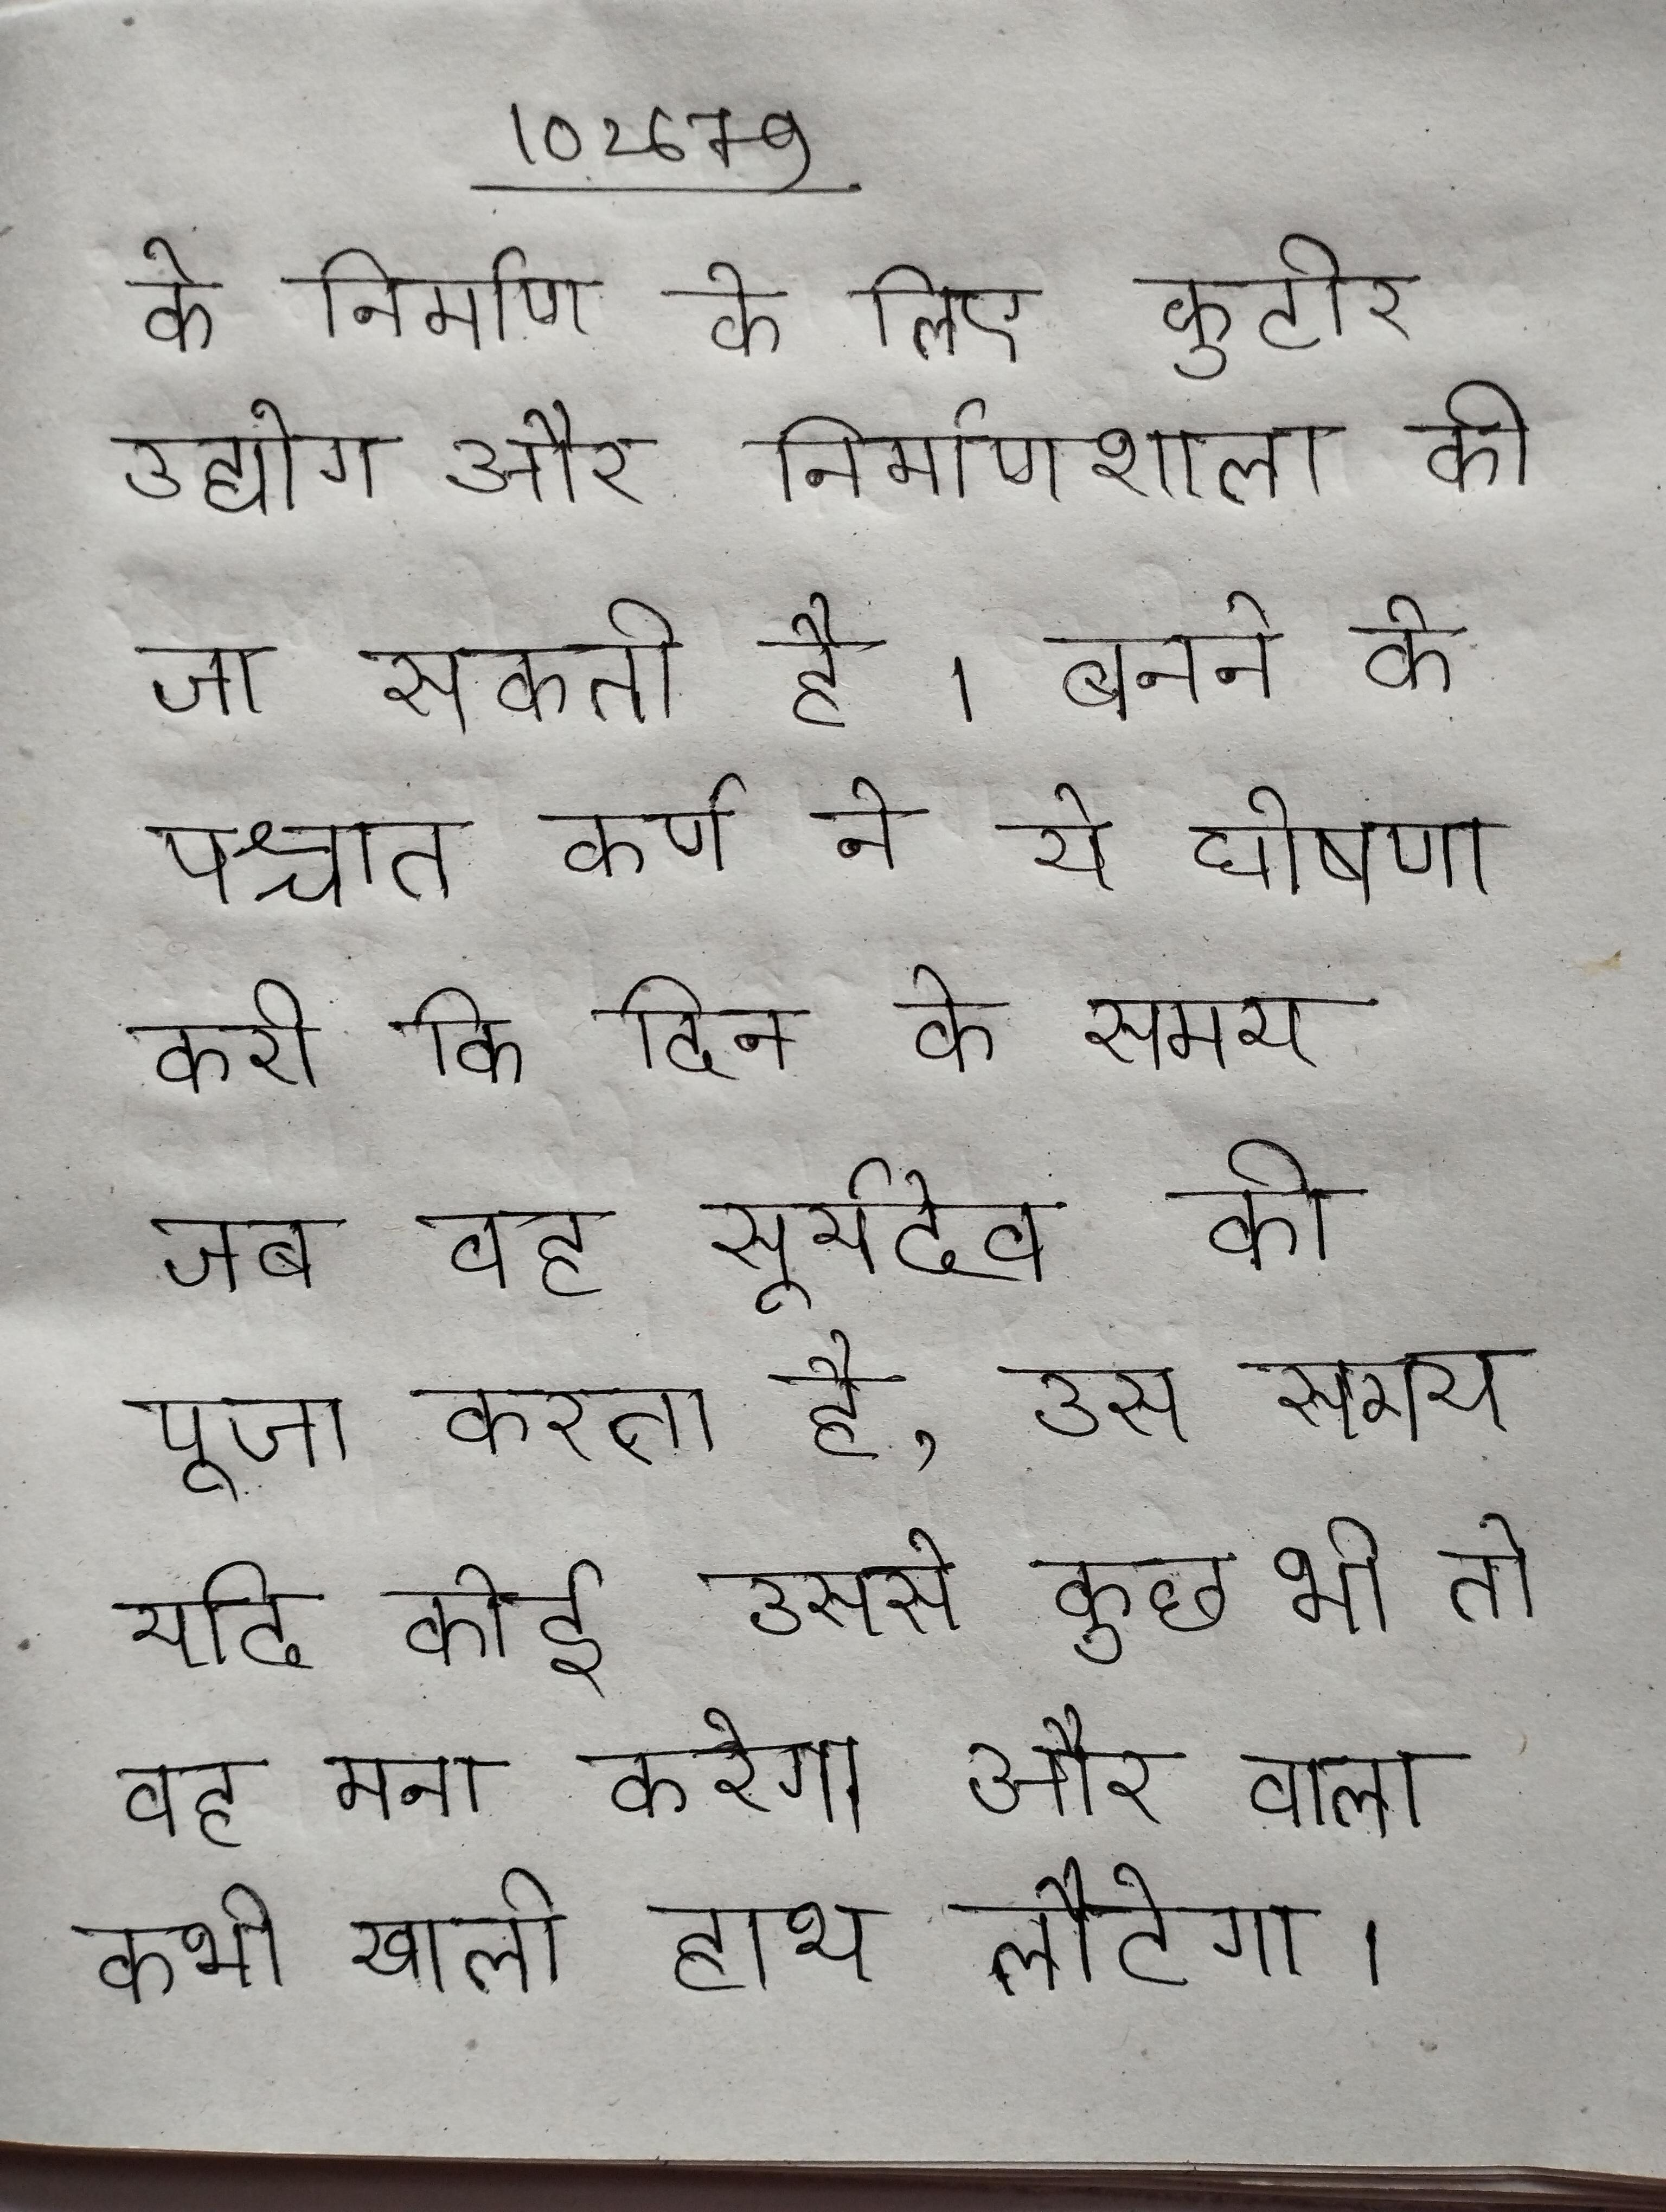
के निर्माण के लिए कुटीर उद्योग और निर्माणशाला की जा सकती है । बनने के पश्चात कर्ण ने ये घोषणा करी कि दिन के समय जब वह सूर्यदेव की पूजा करता है, उस समय यदि कोई उससे कुछ भी तो वह मना करेगा और वाला कभी खाली हाथ लौटेगा ।